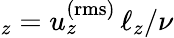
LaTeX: _z=u_{z}^{\mathrm{(rms)}}\, \ell_{z}/\nu